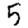
Digit: 5